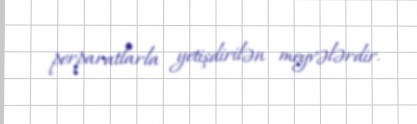
perparatlarla yetişdirilən meyvələrdir.